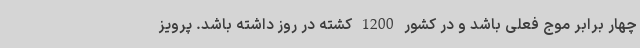
چهار برابر موج فعلی باشد و در کشور 1200 کشته در روز داشته باشد. پرویز